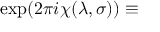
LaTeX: \exp ( 2 \pi i \chi ( \lambda , \sigma ) ) \equiv